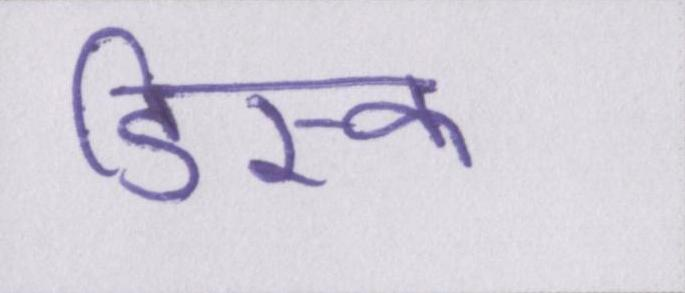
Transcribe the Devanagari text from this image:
डिस्क